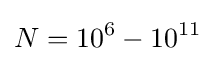
N=10^{6}-10^{11}